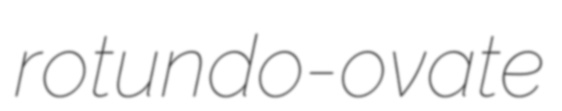
rotundo-ovate